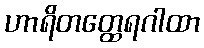
ဟာရိတတ္ထေရဂါထာ